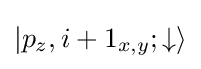
|p_{z},i+1_{x,y};\downarrow \rangle